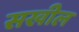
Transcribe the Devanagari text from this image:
सखील